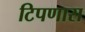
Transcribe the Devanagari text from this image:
टिपणारा